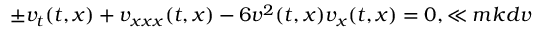
\pm v _ { t } ( t , x ) + v _ { x x x } ( t , x ) - 6 v ^ { 2 } ( t , x ) v _ { x } ( t , x ) = 0 , \ll { m k d v }